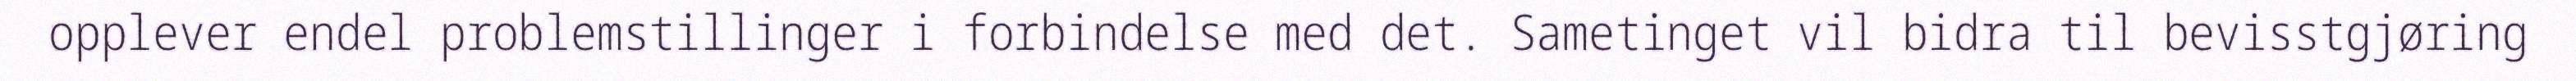
opplever endel problemstillinger i forbindelse med det. Sametinget vil bidra til bevisstgjøring